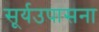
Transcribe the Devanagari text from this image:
सूर्यउपासना